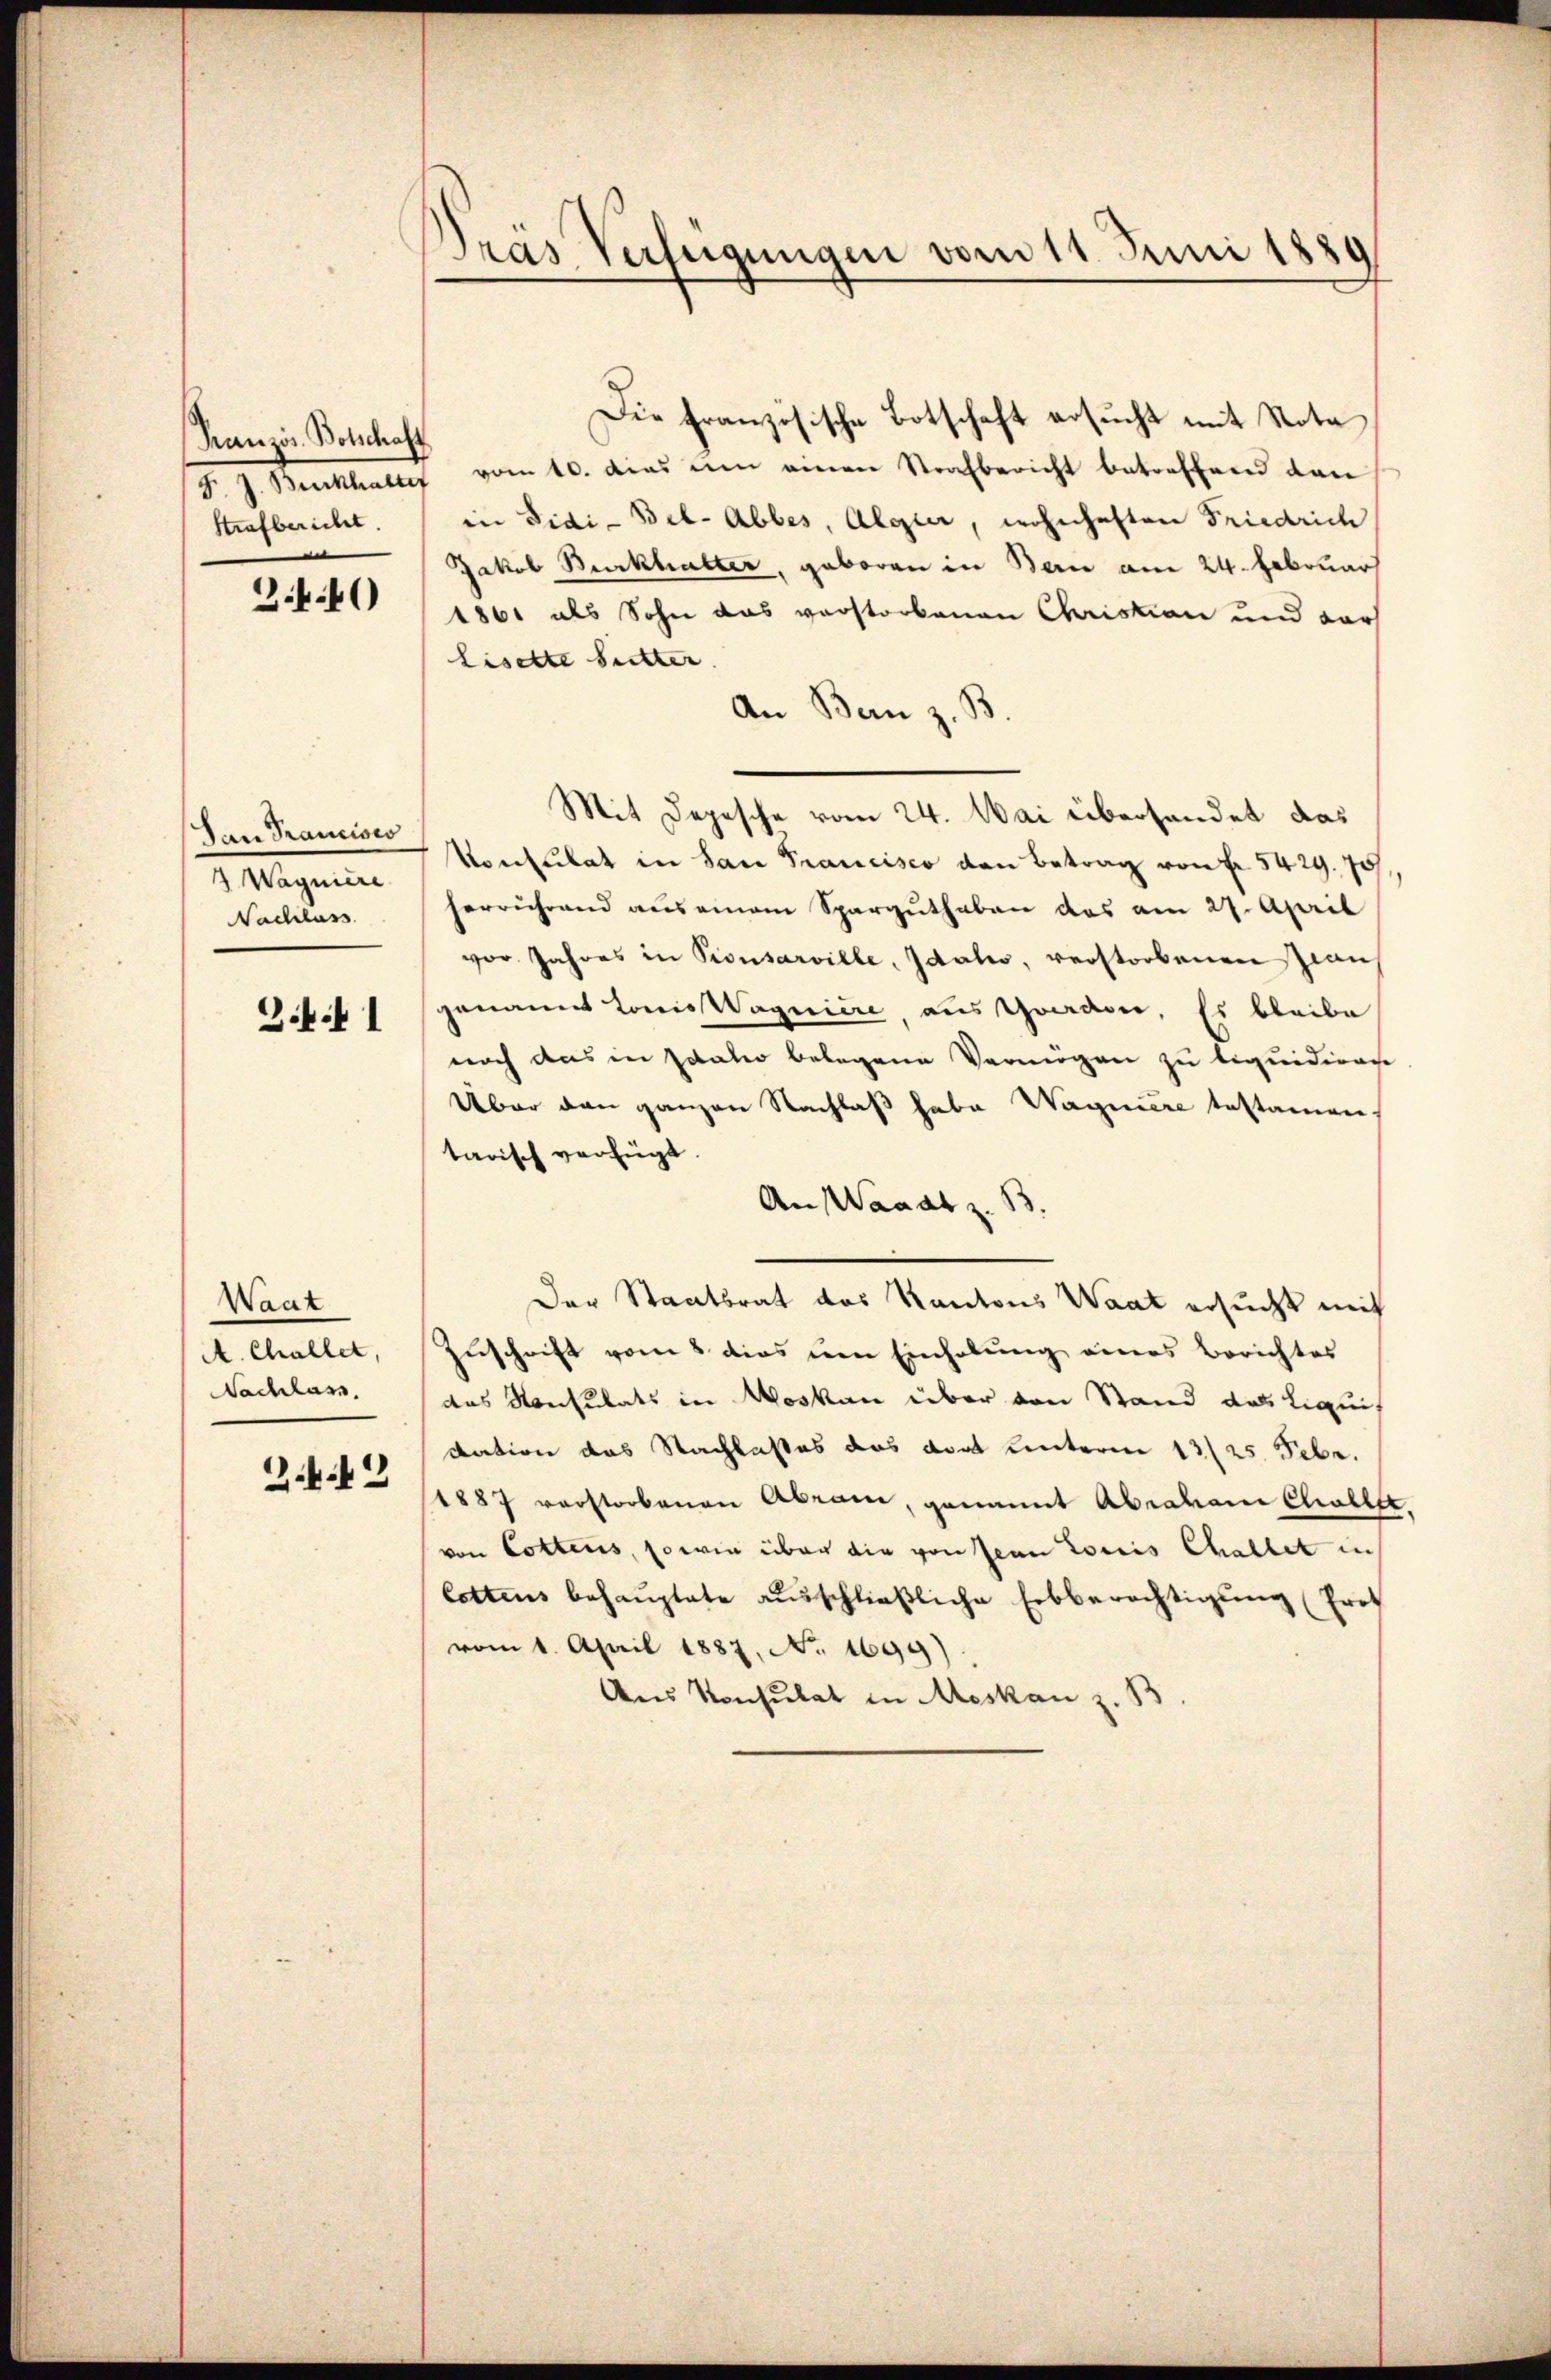
Prauris Botschaft
Strafbericht.
¬

2.4.40

San Francisco
Magenen
Nachlass

Zk. 1

Want
A. Challet,
Nachlass
Z.k.42

Drás Verfügungen vom 11. Juni 1889
.

Die französische Botschaft ersucht mit Nota
F. J. Burckhalt vom 10. dies um einen Strafbericht betreffend dan
in Sidi-Bel-Abbes, Algier, wohnhaften Friedrich
Jakob Burkhalter, geboren in Bau am 24. Februar
1861 als Sohn das verstorbenen Christian und dars
Liselte Sitter. |
An Bern z. B.
Mit Depesche vom 24. Mai überhandet das
Konsulat in San Francisco von Betrag von Fr. 5429. 75
herrührend aus einem Sparguthaben das am 27. April
vor Jahres in Pionsarville, Idalis, verstorbenen Zwan
genannt Louis Wagniere, aus Graden, Es bleibe
noch das in Zitatio belegene Vermögen zu liquidire
Über den ganzen Nachlaß habe Wagniere testamen
tarisch verfügt:
An Waadt z. B.
Der Staatsrat des Kantons Waat ersucht mit
Zuschrift vom 8 dies um Einholung eines Berichtes
das Konsulats in Moskau über von Stand das Liquis
dation das Nachlasses das dort unterm 13/25. Febr.
1887 verstorbenen Abrain, genannt Abraham Cholle.
von Cottens, so wie über die von Jean Corris Challet in
lottens behauptete ausschließliche Erbberechtigung (Erot
vom 1. April 1887, No. 1699).
Aus Konsulat in Meskan z. B.